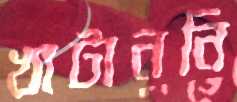
খাটাননি